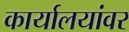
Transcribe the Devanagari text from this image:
कार्यालयांवर